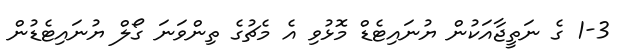
1-3 ގެ ނަތީޖާއަކުން ޔުނައިޓެޑް މޮޅުވި އެ މެޗުގެ ތިންވަނަ ގޯލް ޔުނައިޓެޑުން